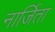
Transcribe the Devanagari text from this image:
नार्जिता